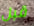
قبل